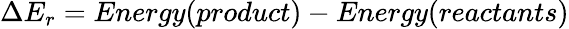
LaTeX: \Delta E_{r}=Energy(product)-Energy(reactants)